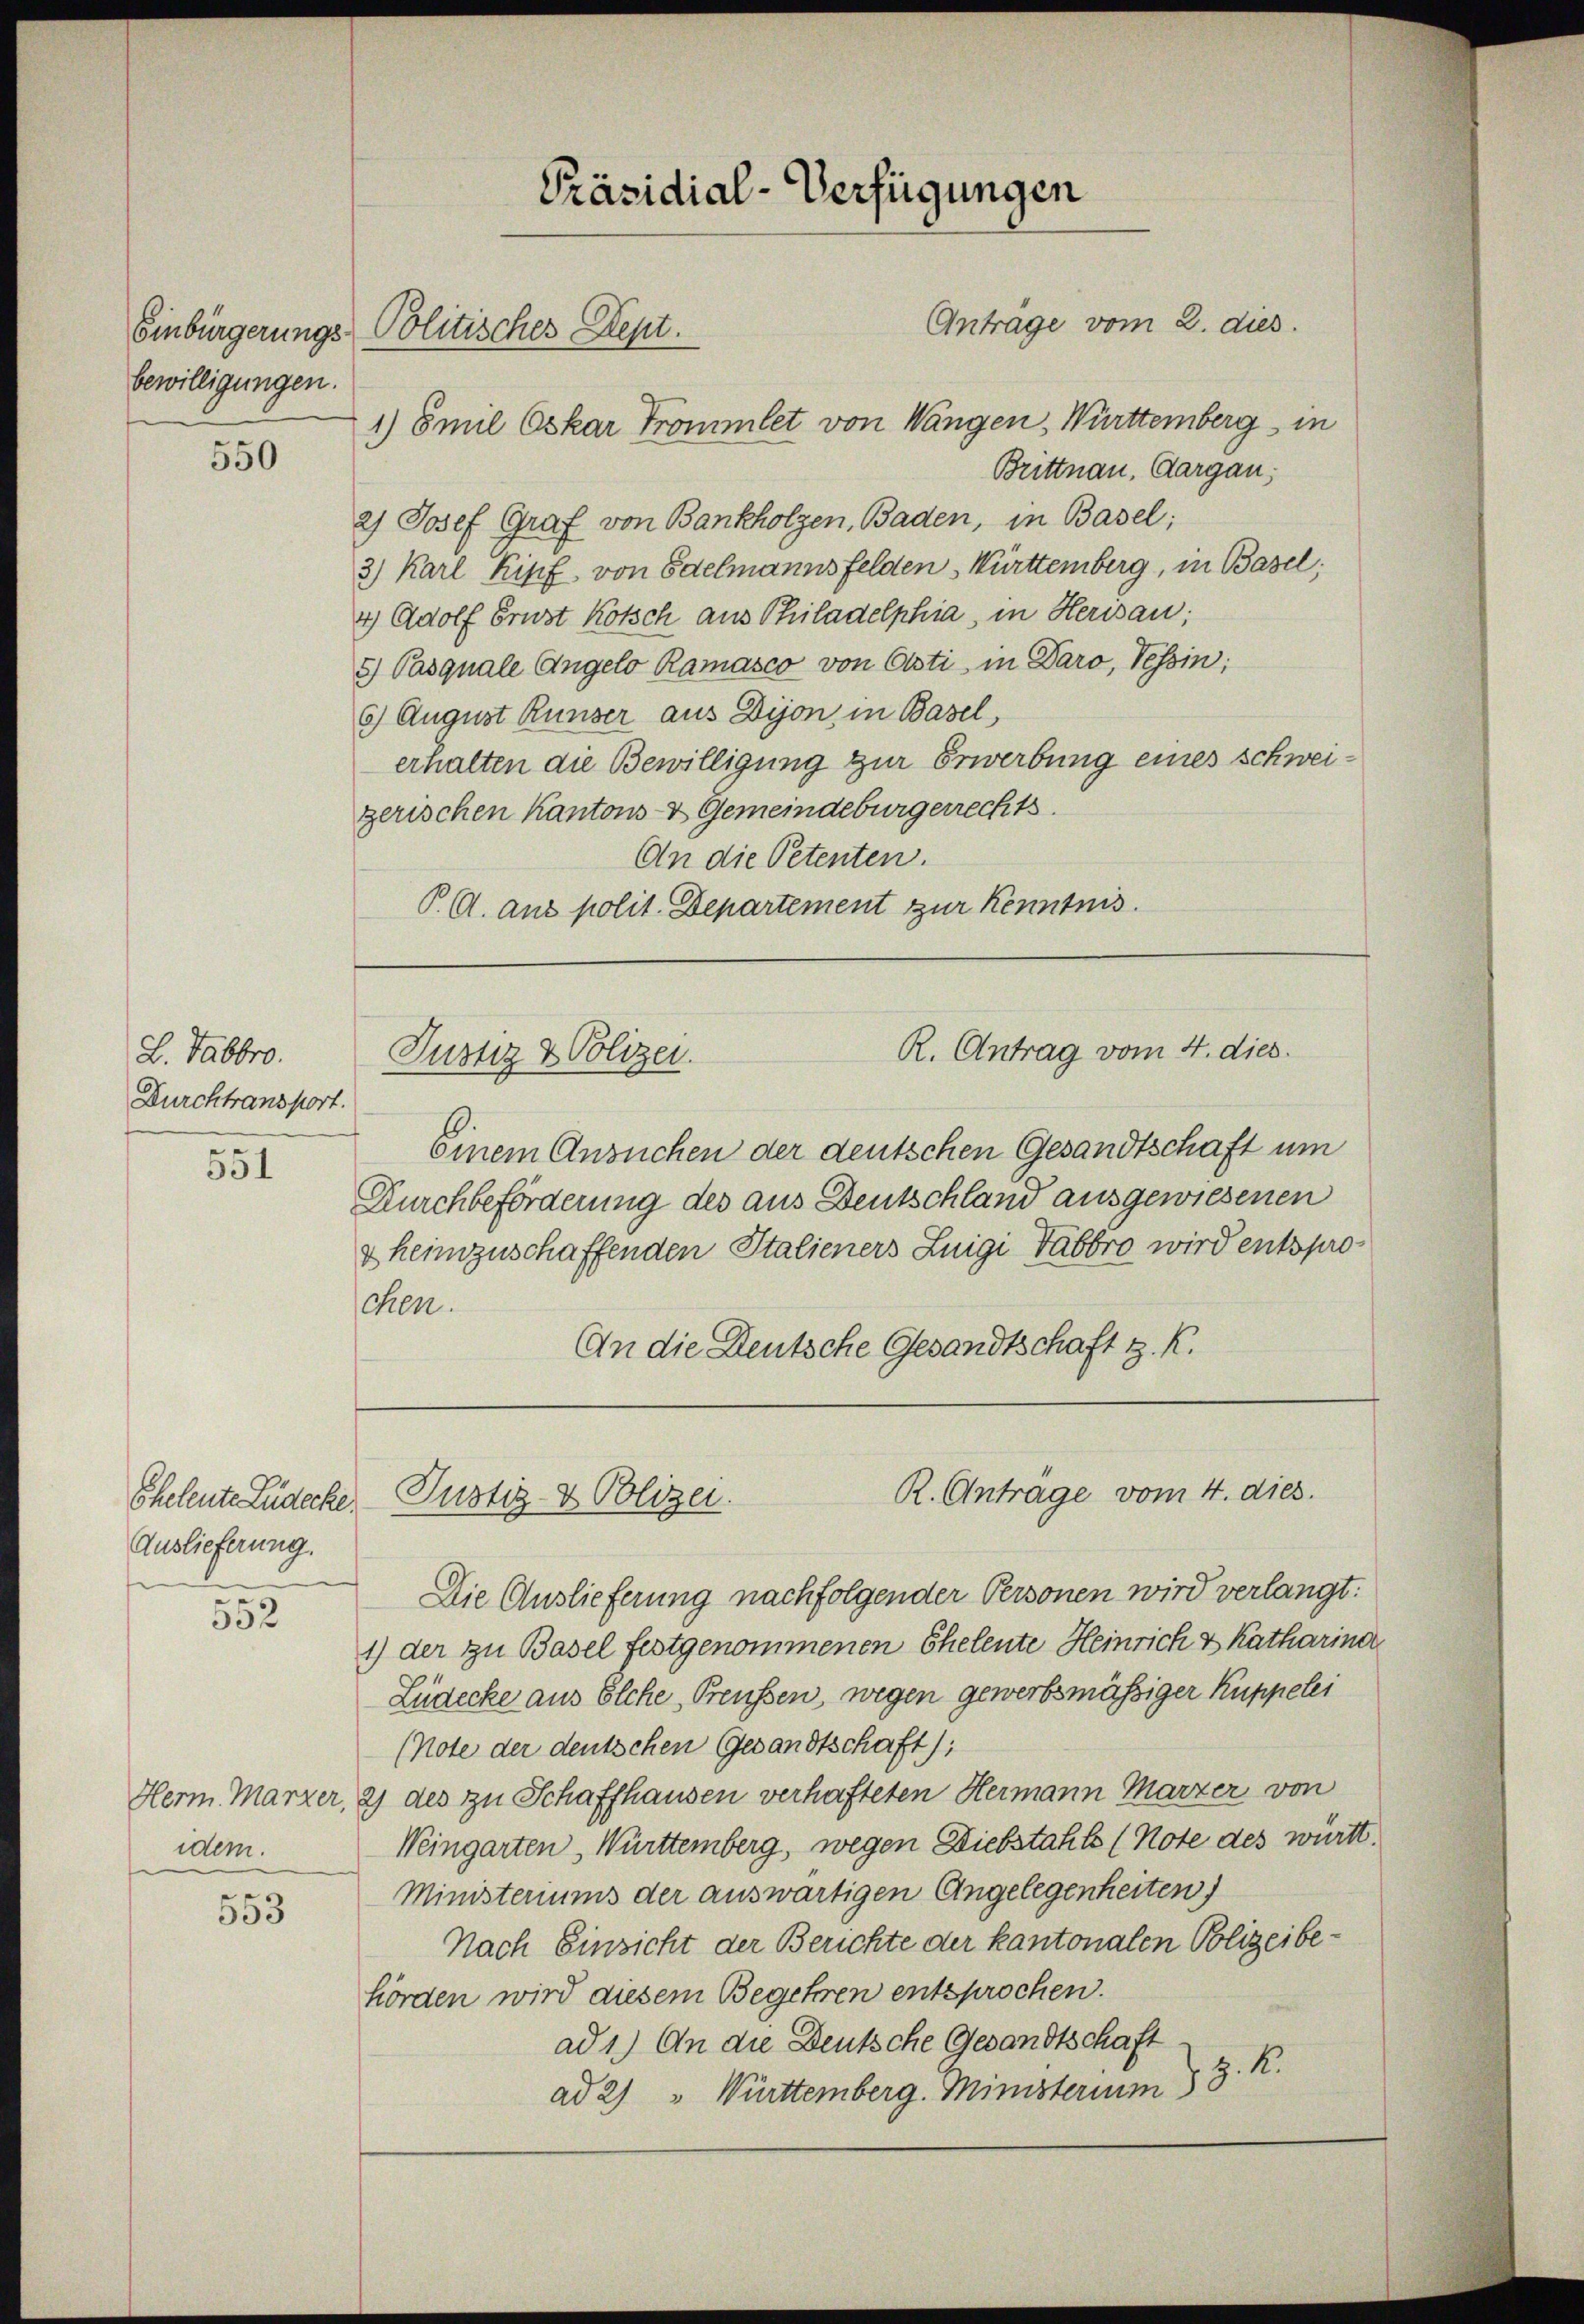
bewilligungen.

550

L. Fabbro.
Durchtransport.
551

Cheleute Lüdecke
Auslieferung.

552

idem.

553

Präsidial-Verfügungen
Antrage vom 2. dies
Einbürgerungs- Politisches Dept.

1) Emil Oskar Trommlet von Wangen, Württemberg in
Brittnau, Aargau,
2) Josef Graf von Bankholzen, Baden, in Basel;
3) Karl Kipf von Edelmanns Felden, Württemberg, in Basel;
4) Adolf Brust Kotsch aus Philadelphia, in Herisau;
8) Pasquale Angelo Ramasco von Osti, in Daro, Tessin;
6) August Runser aus Dijon, in Basel,
erhalten die Bewilligung zur Erwerbung eines schweizerischen Kantons- & Gemeindebürgerrechts
An die Petenten.
P. A. aus polit. Departement zur Kenntnis.

Einem Ansuchen der deutschen Gesandtschaft um
Durchbeförderung des aus Deutschland ausgewiesenen
& heimzuschaffenden Italieners Luigi Tabbro wird entsprochen.
An die Deutsche Gesandtschaft z. R.

Justiz & Polizei.

R. Antrag vom 4. dies

Die Auslieferung nachfolgender Personen wird verlangt:
1) der zu Basel festgenommenen Eheleute Heinrich & Katharina
Lüdecke aus Elche, Preussen, wegen gewerbsmässiger Kuppelei
(Note der deutschen Gesandtschaft);
Herm. Marzer, 2) des zu Schaffhausen verhafteten Hermann Marzer von
Weingarten, Württemberg, wegen Diebstahls (Note des württ.
Ministeriums der auswärtigen Angelegenheiten
Nach Einsicht der Berichte der kantonalen Polizeibehörden wird diesem Begehren entsprochen.
ad 1.) An die Deutsche Gesandtschaft
Z. K.
ad 2) " Württemberg. Ministerium

R. Antrage vom 4. dies.
Justiz- & Polizei.